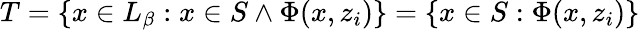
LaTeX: T=\{ x\in L_{\beta}:x\in S\wedge\Phi(x,z_{i})\} =\{ x\in S:\Phi(x,z_{i})\}